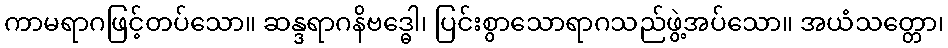
ကာမရာဂဖြင့်တပ်သော။ ဆန္ဒရာဂနိဗဒ္ဓေါ၊ ပြင်းစွာသောရာဂသည်ဖွဲ့အပ်သော။ အယံသတ္တော၊